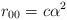
LaTeX: \begin{align*}r_{00}=c\alpha^2\end{align*}